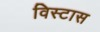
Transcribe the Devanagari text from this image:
विस्टास